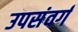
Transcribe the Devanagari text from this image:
उपसंवर्ग